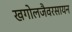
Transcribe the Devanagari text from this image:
खगोलजैवरसायन